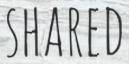
SHARED